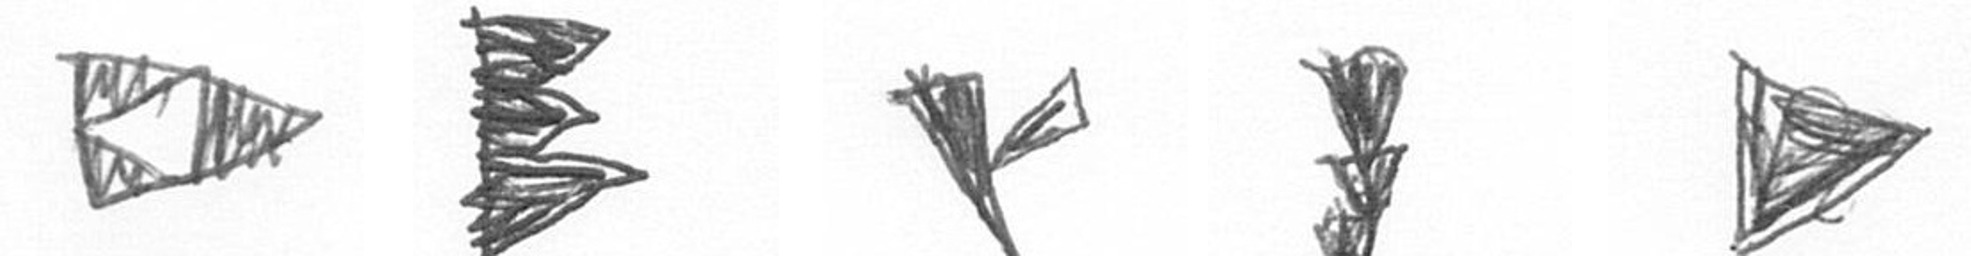
K H F E T